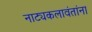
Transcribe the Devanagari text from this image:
नाट्यकलावंतांना